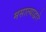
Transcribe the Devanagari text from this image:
मसाल्याद्वारे